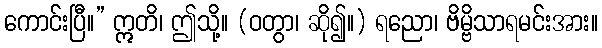
ကောင်းပြီ။” ဣတိ၊ ဤသို့။ (ဝတွာ၊ ဆို၍။) ရညော၊ ဗိမ္ဗိသာရမင်းအား။